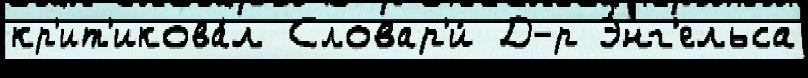
кр'ит'икова́л Словар'и́ Д-р Э́нг'ельса